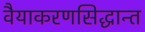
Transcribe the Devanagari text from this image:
वैयाकरणसिद्धान्त